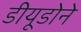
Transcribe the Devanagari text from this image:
डीयूडोने